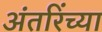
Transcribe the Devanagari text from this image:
अंतरिंच्या